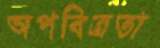
অপবিত্রতা